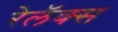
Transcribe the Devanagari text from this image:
रेलॅक्स